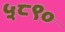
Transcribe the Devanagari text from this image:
५८९०